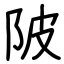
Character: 陂